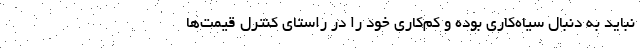
نباید به دنبال سیاه‌کاری بوده و کم‌کاری خود را در راستای کنترل قیمت‌ها